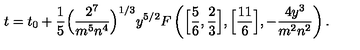
t = t _ { 0 } + { \frac { 1 } { 5 } } \Big ( { \frac { 2 ^ { 7 } } { m ^ { 5 } n ^ { 4 } } } \Big ) ^ { 1 / 3 } y ^ { 5 / 2 } F \left( \Big [ { \frac { 5 } { 6 } } , { \frac { 2 } { 3 } } \Big ] , \Big [ { \frac { 1 1 } { 6 } } \Big ] , - { \frac { 4 y ^ { 3 } } { m ^ { 2 } n ^ { 2 } } } \right) .